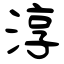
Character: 淳